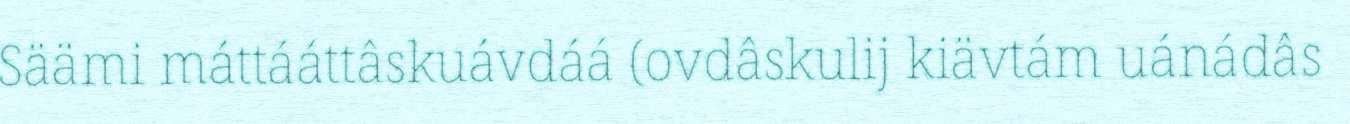
Säämi máttááttâskuávdáá (ovdâskulij kiävtám uánádâs